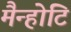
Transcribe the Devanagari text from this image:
मैन्होटि